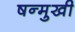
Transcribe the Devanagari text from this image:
षन्मुखी